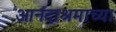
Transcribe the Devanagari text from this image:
आनंदाश्रमाच्या